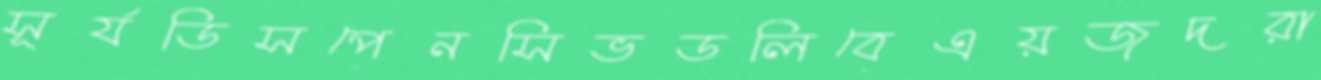
সূর্যডিসপেনসিভডলিবেএয়জদরা